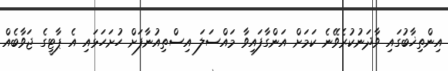
އިންތިޚާބުގައި ވާދަނުކުރެވޭނެ ކަމަށް އަންގާފައިވާ މައްސަލަ އިސްތިއުނާފަށް ހުށަހަޅައި އެ ޕާޓީގެ ޖަވާބެއް